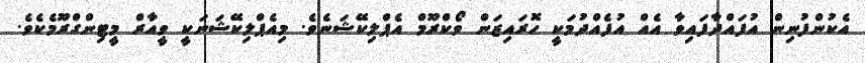
އެކުންފުނިން އުފައްދާފައިވާ އެއް އުފެއްދުމަކީ ހޮރައިޒަން ވޯކްރޫމް އެޕްލިކޭޝަނެވެ. މިއެޕްލިކޭޝަނަކީ ވީއާރް މީޓިންގްރޫމެކެވެ.